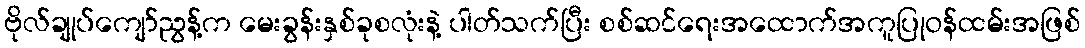
ဗိုလ်ချုပ်ကျော်ညွန့်က မေးခွန်းနှစ်ခုစလုံးနဲ့ ပါတ်သက်ပြီး စစ်ဆင်ရေးအထောက်အကူပြုဝန်ထမ်းအဖြစ်